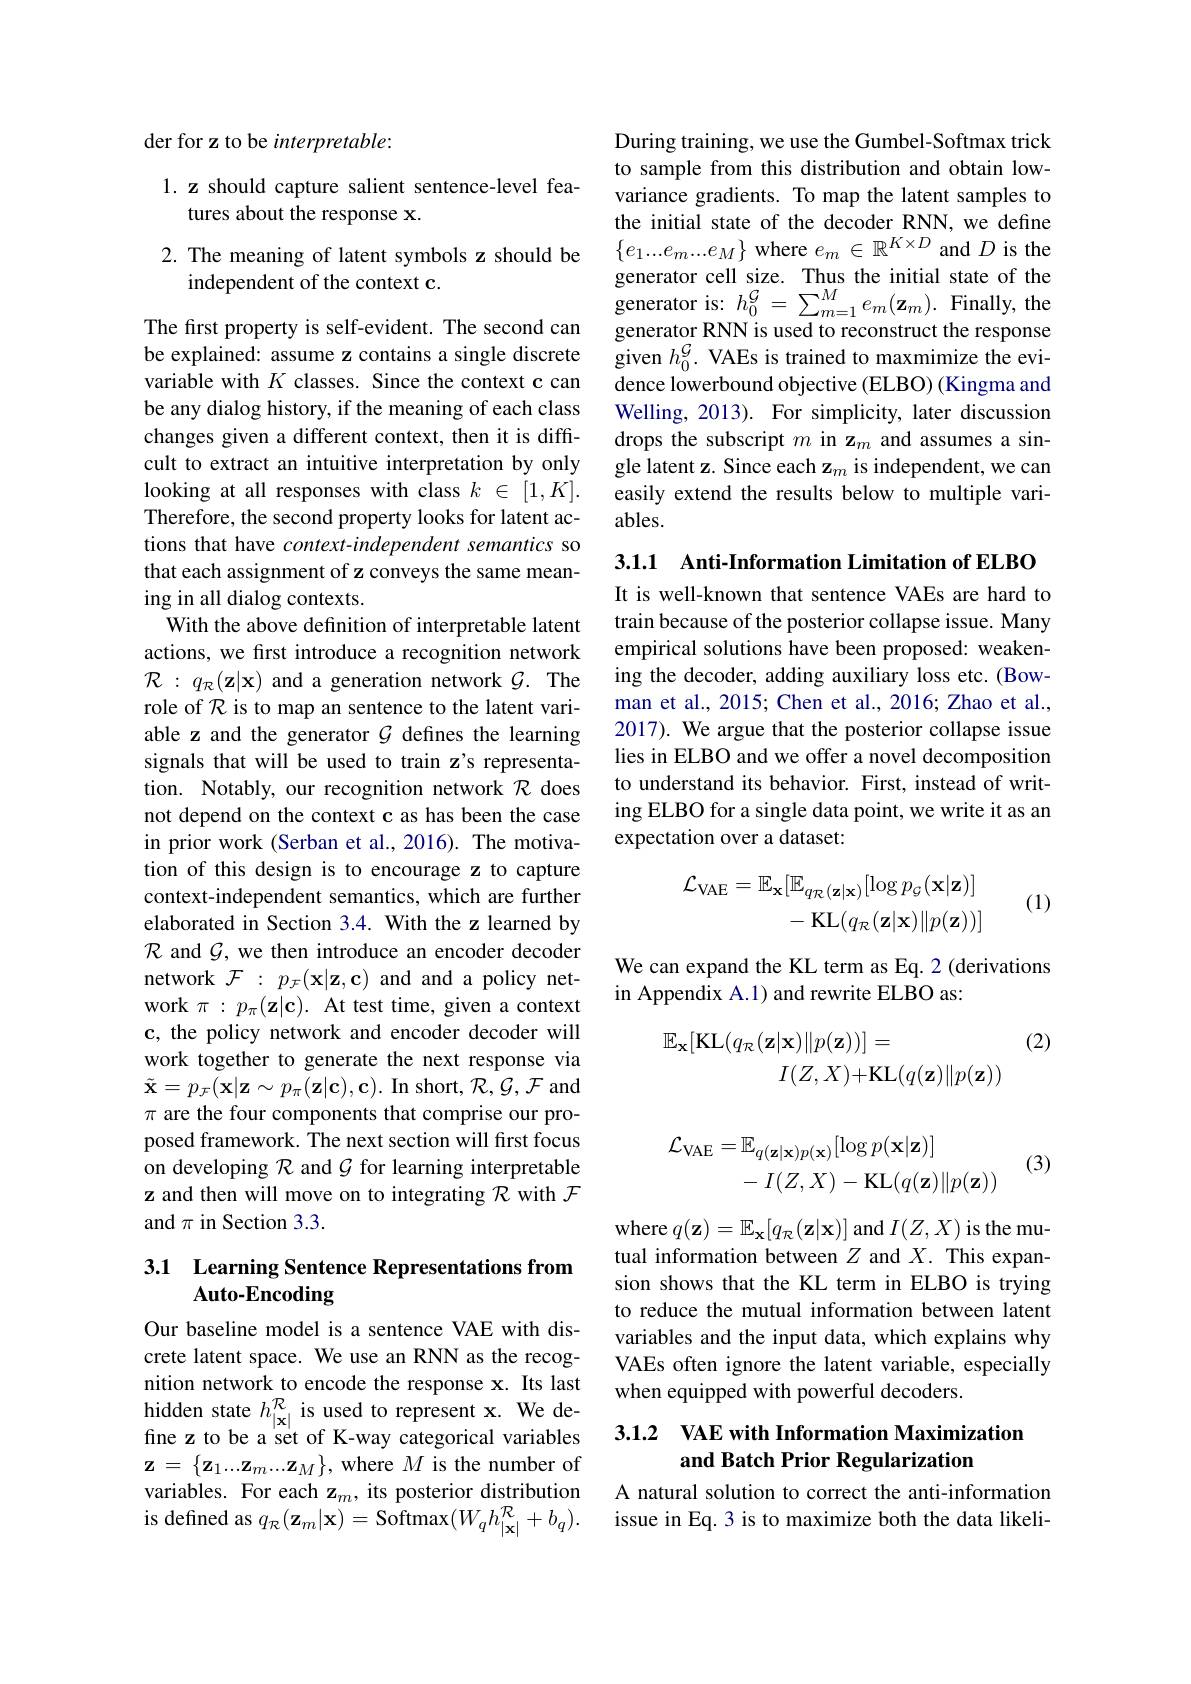
der for z to be interpretable:

## 1. z should capture salient sentence-level features about the response x.

## 2. The meaning of latent symbols z should be independent of the context c.

The first property is self-evident. The second can be explained: assume z contains a single discrete variable with $K$ classes. Since the context c can be any dialog history, if the meaning of each class changes given a different context, then it is difficult to extract an intuitive interpretation by only looking at all responses with class $k\in[1,K].$ Therefore, the second property looks for latent actions that have context-independent semantics so that each assignment of z conveys the same meaning in all dialog contexts.
With the above definition of interpretable latent actions, we frst introduce a recognition network $\mathcal{R}:q_{\mathcal{R}}(\mathbf{z}|\mathbf{x})$ and a generation network $\mathcal{G}.$ The role of $\mathcal{R}$ is to map an sentence to the latent variable z and the generator $\mathcal{G}$ defines the learning signals that will be used to train z's representation. Notably, our recognition network $\mathcal{R}$ does not depend on the context c as has been the case in prior work (Serban et al.,2016). The motivation of this design is to encourage z to capture context-independent semantics, which are further elaborated in Section 3.4. With the z learned by $\mathcal{R}$ and $\mathcal{G}$, we then introduce an encoder decoder network $\mathcal{F}:p_{\mathcal{F}}(\mathbf{x}|\mathbf{z},\mathbf{c})$ and and a policy network $\pi:p_{\pi}(\mathbf{z}|\mathbf{c}).$ At test time, given a context c, the policy network and encoder decoder will work together to generate the next response via $\tilde{\mathbf{x}}=p_{\mathcal{F}}(\mathbf{x}|\mathbf{z}\sim p_{\pi}(\mathbf{z}|\mathbf{c}),\mathbf{c}).$ In short$,\mathcal{R},\mathcal{G},\mathcal{F}$ and $\pi$ are the four components that comprise our proposed framework. The next section will first focus on developing $\mathcal{R}$ and $\mathcal{G}$ for learning interpretable z and then will move on to integrating $\mathcal{R}$ with $\mathcal{F}$ and $\pi$ in Section 3.3.

# 3.1 Learning Sentence Representations from Auto-Encoding

Our baseline model is a sentence VAE with discrete latent space. We use an RNN as the recognition network to encode the response x. Its last hidden state $h_|\mathbf{x}|^{\mathcal{R}}$ is used to represent x. We define z to be a set of K-way categorical variables $\mathbf{z}=\left\{\mathbf{z}_{1}...\mathbf{z}_{m}...\mathbf{z}_{M}\right\}$, where $M$ is the number of variables. For each z$_m$, its posterior distribution is defined as $q_{\mathcal{R}}(\mathbf{z}_{m}|\mathbf{x})=$Softmax$(W_qh_{|\mathbf{x}|}^{\mathcal{R}}+b_{q}).$

During training, we use the Gumbel-Softmax trick to sample from this distribution and obtain lowvariance gradients. To map the latent samples to the initial state of the decoder RNN, we define $\{e_1...e_m...e_M\}$ where $e_m\in\mathbb{R}^K\times D$ and $D$ is the generator cell size. Thus the initial state of the generator is: $h_0^{\mathcal{G}}=\sum_{m=1}^Me_m(\mathbf{z}_m).$ Finally, the generator RNN is used to reconstruct the response given $h_0^{\mathcal{G}}.$ VAEs is trained to maxmimize the evidence lowerbound objective (ELBO) (Kingma and Welling, 2013). For simplicity, later discussion drops the subscript $m$ in z$_m$ and assumes a single latent z. Since each z$_m$ is independent, we can easily extend the results below to multiple variables.

3.1.1 Anti-Information Limitation of ELBO

It is well-known that sentence VAEs are hard to train because of the posterior collapse issue. Many empirical solutions have been proposed: weakening the decoder, adding auxiliary loss etc. (Bowman et al., 2015; Chen et al., 2016; Zhao et al., 2017). We argue that the posterior collapse issue lies in ELBO and we offer a novel decomposition to understand its behavior. First, instead of writing ELBO for a single data point, we write it as an expectation over a dataset:
$$\begin{aligned}\mathcal{L}_{\mathrm{VAE}}&=\mathbb{E}_{\mathbf{x}}[\mathbb{E}_{q_{\mathcal{R}}(\mathbf{z}|\mathbf{x})}[\log p_{\mathcal{G}}(\mathbf{x}|\mathbf{z})]\\&-\operatorname{KL}(q_{\mathcal{R}}(\mathbf{z}|\mathbf{x})\|p(\mathbf{z}))]\end{aligned}$$
(1)

We can expand the KL term as Eq. 2 (derivations
in Appendix A.1) and rewrite ELBO as:
$$\mathbb{E}_{\mathbf{x}}[\mathrm{KL}(q_{\mathcal{R}}(\mathbf{z}|\mathbf{x})\|p(\mathbf{z}))]=\\I(Z,X)+\mathrm{KL}(q(\mathbf{z})\|p(\mathbf{z}))$$
(2)
$$\begin{aligned}\mathcal{L}_{\mathrm{VAE}}&=\mathbb{E}_{q(\mathbf{z}|\mathbf{x})p(\mathbf{x})}[\log p(\mathbf{x}|\mathbf{z})]\\&-I(Z,X)-\mathrm{KL}(q(\mathbf{z})\|p(\mathbf{z}))\end{aligned}$$
(3)

where $q(\mathbf{z})=\mathbb{E}_{\mathbf{x}}[q_{\mathcal{R}}(\mathbf{z}|\mathbf{x})]$ and $I(Z,X)$ is the mutual information between $Z$ and $X.$ This expansion shows that the KL term in ELBO is trying to reduce the mutual information between latent variables and the input data, which explains why VAEs often ignore the latent variable, especially when equipped with powerful decoders.

## 3.1.2 VAE with Information Maximization and Batch Prior Regularization

A natural solution to correct the anti-information issue in Eq. 3 is to maximize both the data likeli-